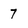
Character: 7